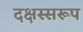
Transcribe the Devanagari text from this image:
दक्षस्सरूप